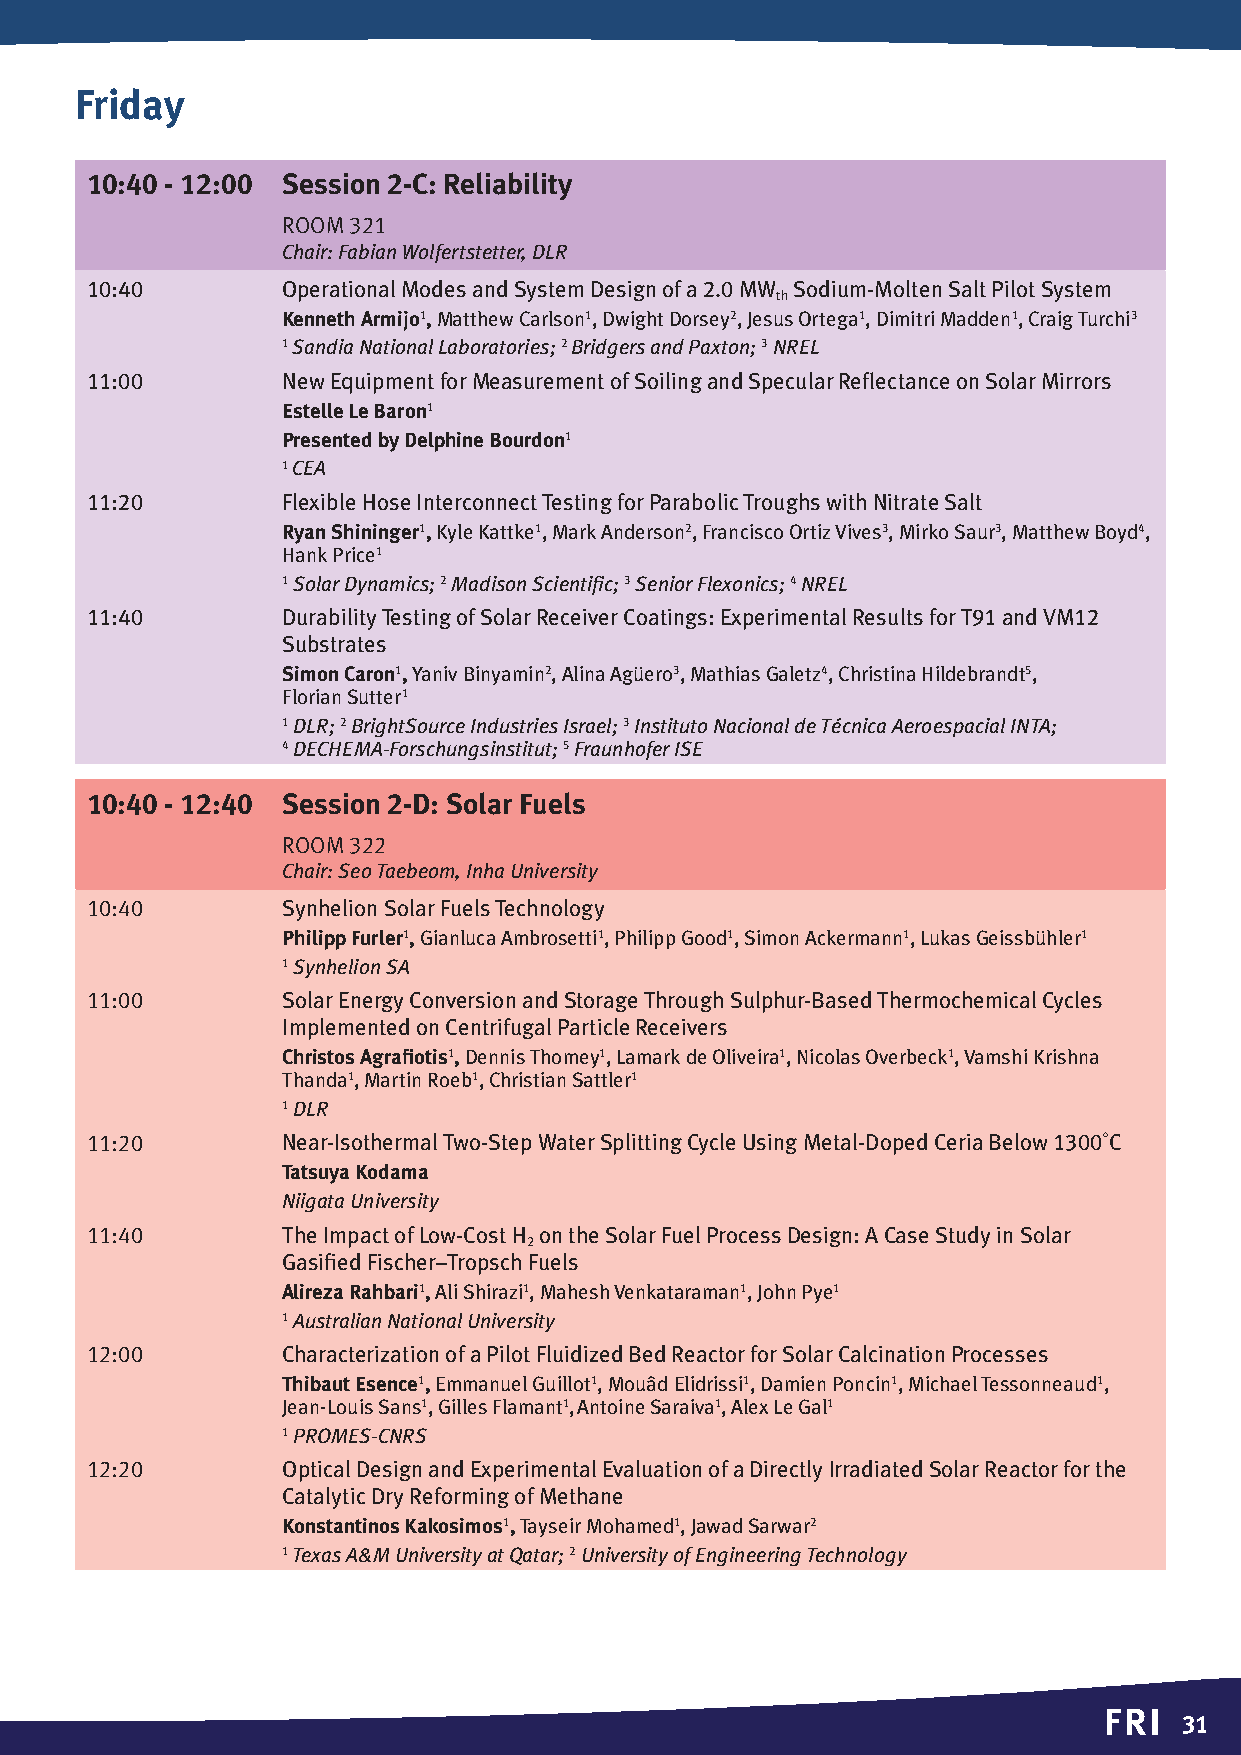
Friday
 10:40 - 12:00 Session 2-C: Reliability
 Room 321
 Chair: Fabian Wolfertstetter, DLR
 10:40        Operational Modes and System Design of a 2.0 MW Sodium-Molten Salt Pilot System
 th
 Kenneth Armijo1, Matthew Carlson1, Dwight Dorsey2, Jesus Ortega1, Dimitri Madden1, Craig Turchi3
 1 Sandia National Laboratories; 2 Bridgers and Paxton; 3 NREL
 11:00        New Equipment for Measurement of Soiling and Specular Reflectance on Solar Mirrors
 Estelle Le Baron1
 Presented by Delphine Bourdon1
 1 CEA
 11:20        Flexible Hose Interconnect Testing for Parabolic Troughs with Nitrate Salt
 Ryan Shininger1, Kyle Kattke1, Mark Anderson2, Francisco Ortiz Vives3, Mirko Saur3, Matthew Boyd4,
 Hank Price1
 1 Solar Dynamics; 2 Madison Scientific; 3 Senior Flexonics; 4 NREL
 11:40        Durability Testing of Solar Receiver Coatings: Experimental Results for T91 and VM12
 Substrates
 Simon Caron1, Yaniv Binyamin2, Alina Agüero3, Mathias Galetz4, Christina Hildebrandt5,
 Florian Sutter1
 1 DLR; 2 BrightSource Industries Israel; 3 Instituto Nacional de Técnica Aeroespacial INTA;
 4 DECHEMA-Forschungsinstitut; 5 Fraunhofer ISE
 10:40 - 12:40 Session 2-D: Solar Fuels
 Room 322
 Chair: Seo Taebeom, Inha University
 10:40        Synhelion Solar Fuels Technology
 Philipp Furler1, Gianluca Ambrosetti1, Philipp Good1, Simon Ackermann1, Lukas Geissbühler1
 1 Synhelion SA
 11:00        Solar Energy Conversion and Storage Through Sulphur-Based Thermochemical Cycles
 Implemented on Centrifugal Particle Receivers
 Christos Agrafiotis1, Dennis Thomey1, Lamark de Oliveira1, Nicolas Overbeck1, Vamshi Krishna
 Thanda1, Martin Roeb1, Christian Sattler1
 1 DLR
 11:20        Near-Isothermal Two-Step Water Splitting Cycle Using Metal-Doped Ceria Below 1300˚C
 Tatsuya Kodama
 Niigata University
 11:40        The Impact of Low-Cost H on the Solar Fuel Process Design: A Case Study in Solar
 2
 Gasified Fischer–Tropsch Fuels
 Alireza Rahbari1, Ali Shirazi1, Mahesh Venkataraman1, John Pye1
 1 Australian National University
 12:00        Characterization of a Pilot Fluidized Bed Reactor for Solar Calcination Processes
 Thibaut Esence1, Emmanuel Guillot1, Mouâd Elidrissi1, Damien Poncin1, Michael Tessonneaud1,
 Jean-Louis Sans1, Gilles Flamant1, Antoine Saraiva1, Alex Le Gal1
 1 PROMES-CNRS
 12:20        Optical Design and Experimental Evaluation of a Directly Irradiated Solar Reactor for the
 Catalytic Dry Reforming of Methane
 Konstantinos Kakosimos1, Tayseir Mohamed1, Jawad Sarwar2
 1 Texas A&M University at Qatar; 2 University of Engineering Technology
 FRI
 31